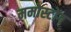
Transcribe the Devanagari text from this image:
ममोस्टोंग